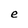
Character: e